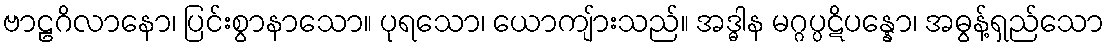
ဗာဠဂိလာနော၊ ပြင်းစွာနာသော။ ပုရသော၊ ယောကျ်ားသည်။ အဒ္ဓါန မဂ္ဂပ္ပဋိပန္နော၊ အဓွန့်ရှည်သော